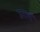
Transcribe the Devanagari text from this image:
उरलं